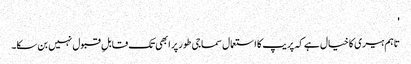
'
تاہم ہیری کا خیال ہے کہ پریپ کا استعمال سماجی طور پر ابھی تک قابلِ قبول نہیں بن سکا۔